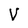
Character: V